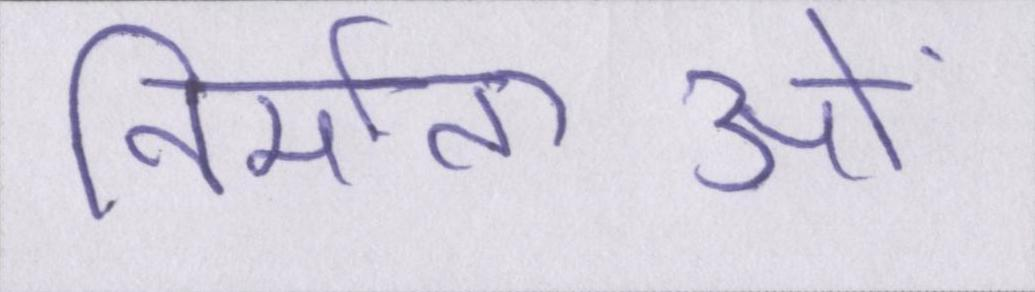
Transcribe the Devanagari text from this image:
निर्माताओं